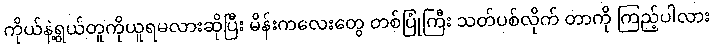
ကိုယ်နဲ့ရွယ်တူကိုယူရမလားဆိုပြီး မိန်းကလေးတွေ တစ်ပြုံကြီး သတ်ပစ်လိုက် တာကို ကြည့်ပါလား